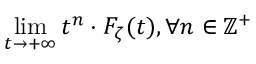
\operatorname* { l i m } _ { t \to + \infty } t ^ { n } \cdot F _ { \zeta } ( t ) , \forall n \in \mathbb { Z } ^ { + }